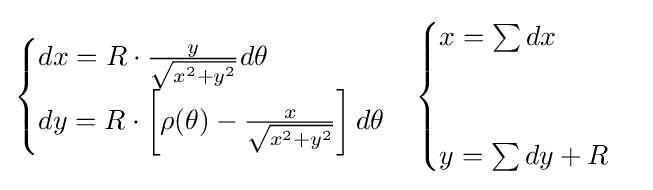
{\begin{cases}dx=R\cdot {\frac {y}{\sqrt {x^{2}+y^{2}}}}d\theta \\dy=R\cdot \left[\rho (\theta )-{\frac {x}{\sqrt {x^{2}+y^{2}}}}\right]d\theta \end{cases}}{\begin{cases}x=\sum dx\\\\\\y=\sum dy+R\end{cases}}